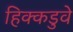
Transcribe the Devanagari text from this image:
हिक्कडुवे